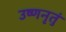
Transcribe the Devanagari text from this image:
उष्णनृतुं